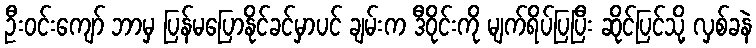
ဦးဝင်းကျော် ဘာမှ ပြန်မပြောနိုင်ခင်မှာပင် ချမ်းက ဒီဝိုင်းကို မျက်ရိပ်ပြပြီး ဆိုင်ပြင်သို့ လှစ်ခနဲ